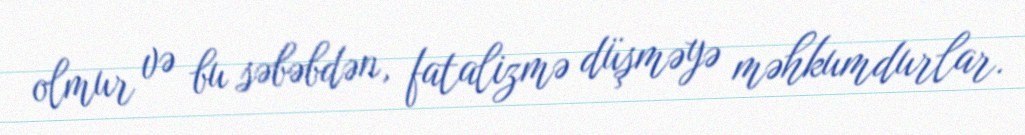
olmur və bu səbəbdən, fatalizmə düşməyə məhkumdurlar.